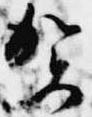
賀